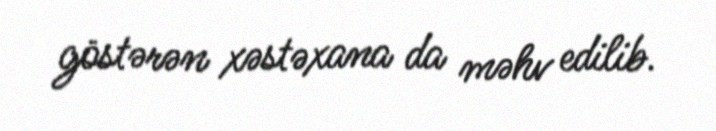
göstərən xəstəxana da məhv edilib.